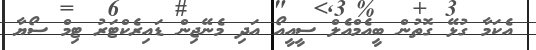
އެކަމާ ގުޅޭ ގޮތުން ބީއެމްއެލް ސީއީއޯ އަދި މެނޭޖިން ޑައިރެކްޓަރު ޓިމް ސޯޔާ